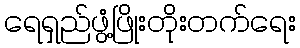
ရေရှည်ဖွံ့ဖြိုးတိုးတက်ရေး